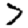
Digit: 7